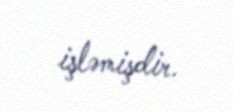
işləmişdir.